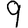
Digit: 9